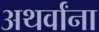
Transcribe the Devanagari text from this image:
अथर्वांना